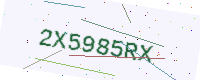
Text: 2X5985RX